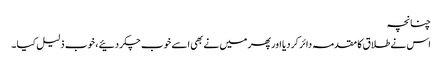
چنانچہ
اس نے طلا ق کا مقدمہ دائر کر دیا اور پھر میں نے بھی اسے خوب چکر دئیے ، خوب ذلیل کیا ۔